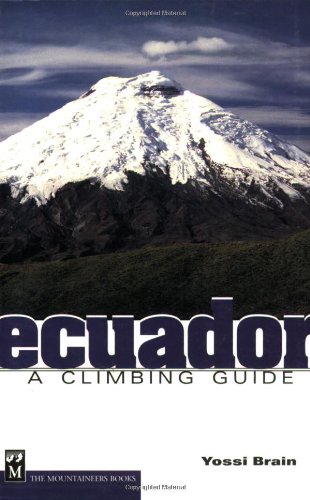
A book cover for Ecuador: A Climbing Guide; Yossi Brain; Travel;